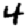
Digit: 4